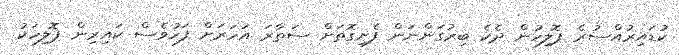
ކުޑައިރުއްސުރެ ޕޮލިހުން ދެކެ ބިރުގަންނަން ފެށިގޮތަށް ސަތާރަ އަހަރަށް ފަހުވެސް ކައިރިން ޕޮލިހަކު